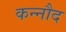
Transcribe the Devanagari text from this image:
कन्नौद